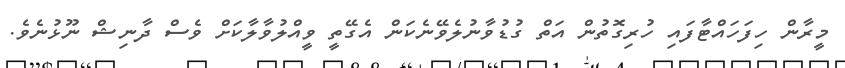
މީރާން ހިފަހައްޓާފައި ހުރިގޮތުން އަތް ގުޑުވާނުލެވޭނެކަން އެގޭތީ ވީއްލުވާލާކަށް ވެސް ދާނިޝް ނޫޅުނެވެ.